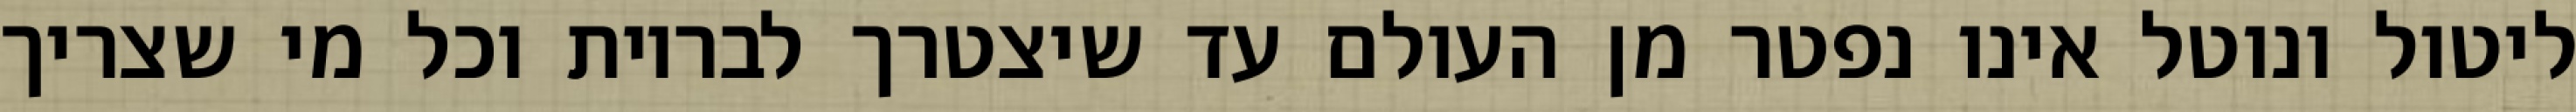
ליטול ונוטל אינו נפטר מן העולם עד שיצטרך לבריות וכל מי שצריך